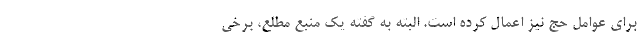
برای عوامل حج نیز اعمال کرده است. البته به گفته یک منبع مطلع، برخی